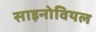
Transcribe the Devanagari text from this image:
साइनोवियल